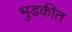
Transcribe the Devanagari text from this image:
भुडकीत